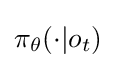
\pi _{\theta }(\cdot |o_{t})